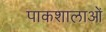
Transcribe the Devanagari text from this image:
पाकशालाओं